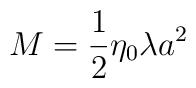
M=\frac12 \eta _{0} \lambda a^{2}